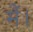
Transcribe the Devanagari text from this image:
मेँ।